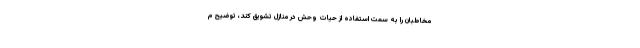
مخاطبان را به سمت استفاده از حیات وحش در منازل تشویق کند، توضیح م